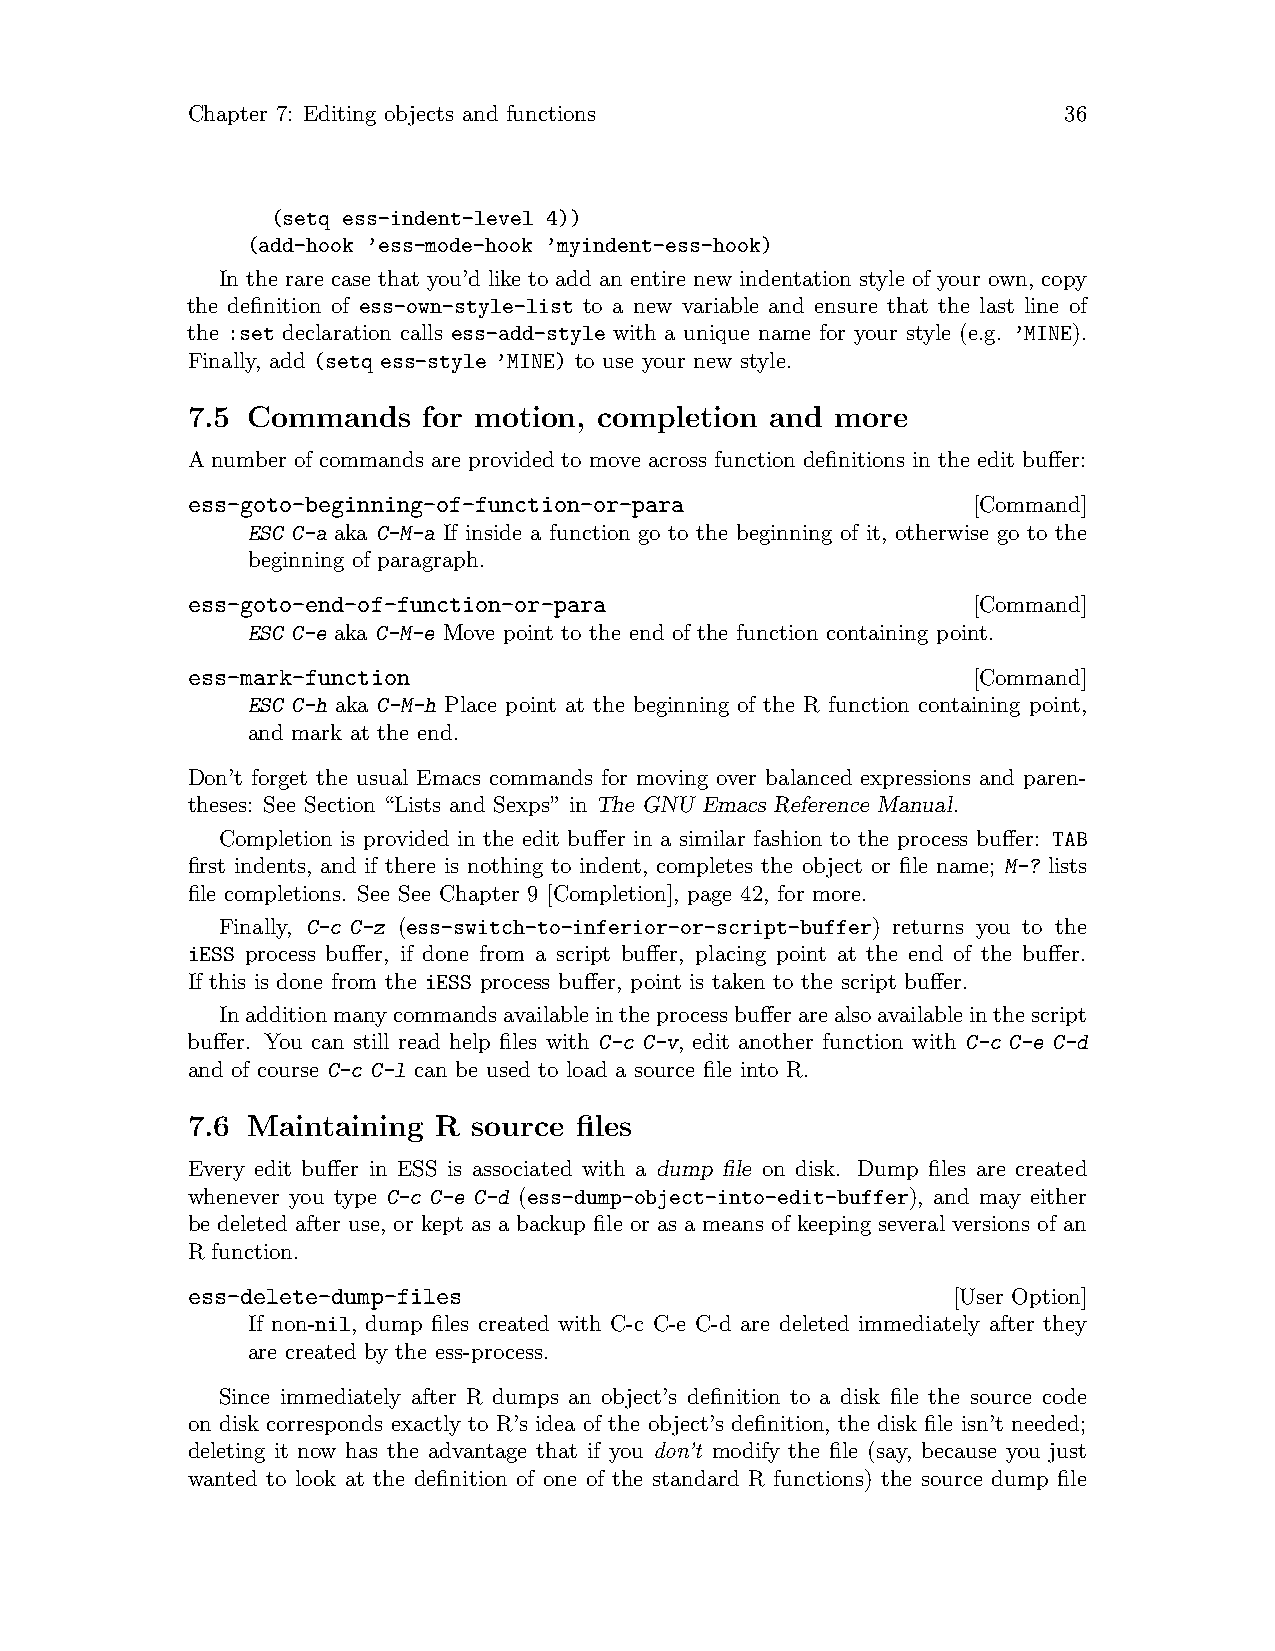
Chapter 7: Editing objects and functions                  36
 (setq ess-indent-level 4))
 (add-hook ’ess-mode-hook ’myindent-ess-hook)
 In the rare case that you’d like to add an entire new indentation style of your own, copy
 the definition of ess-own-style-list to a new variable and ensure that the last line of
 the :set declaration calls ess-add-style with a unique name for your style (e.g. ’MINE).
 Finally, add (setq ess-style ’MINE) to use your new style.
 7.5 Commands    for motion, completion and more
 A number of commands are provided to move across function definitions in the edit buffer:
 ess-goto-beginning-of-function-or-para              [Command]
 ESC C-a aka C-M-a If inside a function go to the beginning of it, otherwise go to the
 beginning of paragraph.
 ess-goto-end-of-function-or-para                    [Command]
 ESC C-e aka C-M-e Move point to the end of the function containing point.
 ess-mark-function                                   [Command]
 ESC C-h aka C-M-h Place point at the beginning of the R function containing point,
 and mark at the end.
 Don’t forget the usual Emacs commands for moving over balanced expressions and paren-
 theses: See Section “Lists and Sexps” in The GNU Emacs Reference Manual.
 Completion is provided in the edit buffer in a similar fashion to the process buffer: TAB
 first indents, and if there is nothing to indent, completes the object or file name; M-? lists
 file completions. See See Chapter 9 [Completion], page 42, for more.
 Finally, C-c C-z (ess-switch-to-inferior-or-script-buffer) returns you to the
 iESS process buffer, if done from a script buffer, placing point at the end of the buffer.
 If this is done from the iESS process buffer, point is taken to the script buffer.
 Inadditionmanycommandsavailableintheprocessbufferarealsoavailableinthescript
 buffer. You can still read help files with C-c C-v, edit another function with C-c C-e C-d
 and of course C-c C-l can be used to load a source file into R.
 7.6 Maintaining  R source files
 Every edit buffer in ESS is associated with a dump file on disk. Dump files are created
 whenever you type C-c C-e C-d (ess-dump-object-into-edit-buffer), and may either
 be deleted after use, or kept as a backup file or as a means of keeping several versions of an
 R function.
 ess-delete-dump-files                              [User Option]
 If non-nil, dump files created with C-c C-e C-d are deleted immediately after they
 are created by the ess-process.
 Since immediately after R dumps an object’s definition to a disk file the source code
 on disk corresponds exactly to R’s idea of the object’s definition, the disk file isn’t needed;
 deleting it now has the advantage that if you don’t modify the file (say, because you just
 wanted to look at the definition of one of the standard R functions) the source dump file